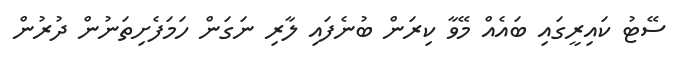
ސޭޓު ކައިރީގައި ބައެއް މޭވާ ކިރަން ބުނެފައި ލާރި ނަގަން ހަމަފެށިތަނުން ދުރުން